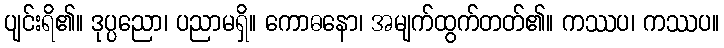
ပျင်းရိ၏။ ဒုပ္ပညော၊ ပညာမရှိ။ ကောဓနော၊ အမျက်ထွက်တတ်၏။ ကဿပ၊ ကဿပ။